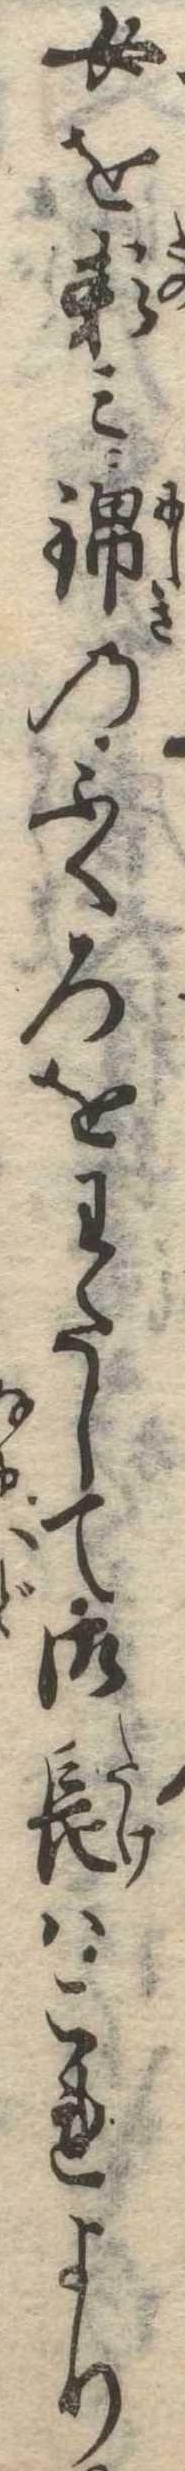
女を頼み錦のふくろをわたして御長はこれより